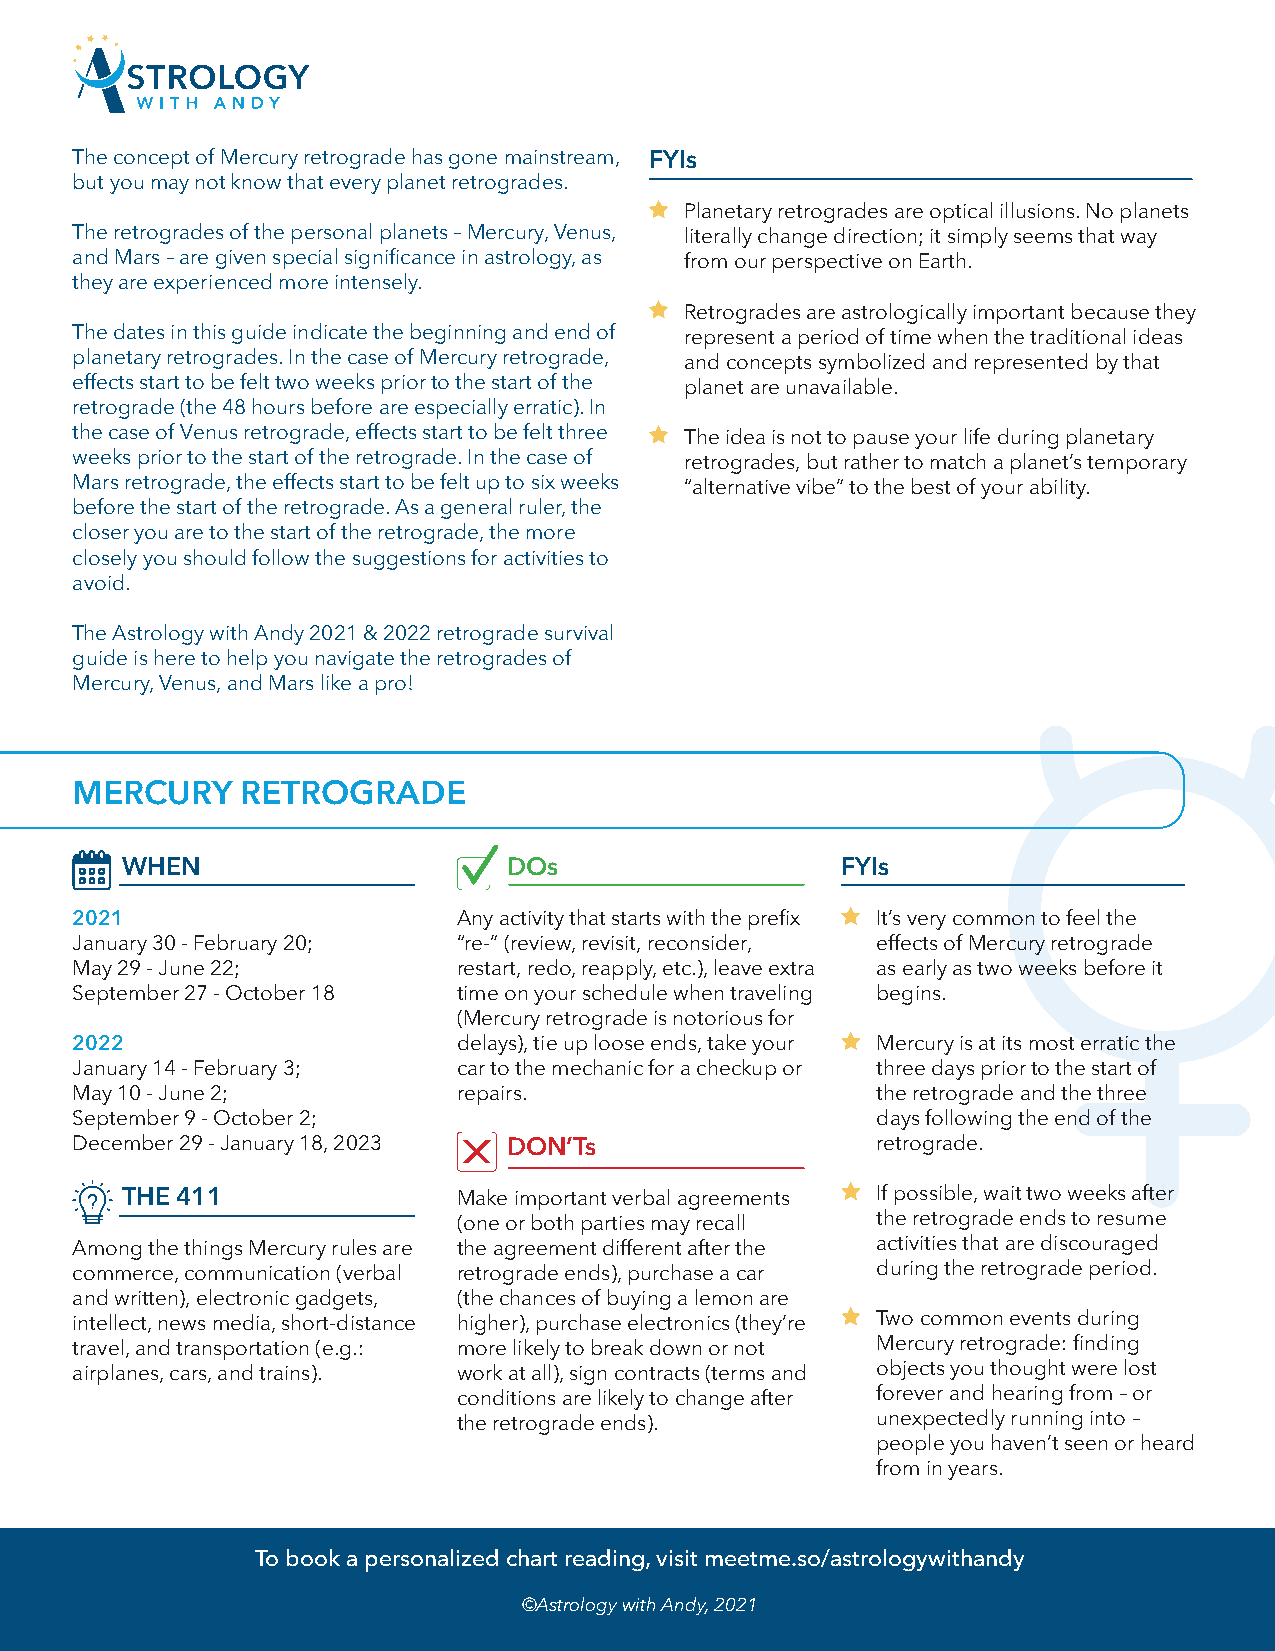
The concept of Mercury retrograde has gone mainstream, FYIs
 but you may not know that every planet retrogrades.
 Planetary retrogrades are optical illusions. No planets
 The retrogrades of the personal planets – Mercury, Venus, literally change direction; it simply seems that way
 and Mars – are given special significance in astrology, as from our perspective on Earth.
 they are experienced more intensely.
 Retrogrades are astrologically important because they
 The dates in this guide indicate the beginning and end of represent a period of time when the traditional ideas
 planetary retrogrades. In the case of Mercury retrograde, and concepts symbolized and represented by that
 effects start to be felt two weeks prior to the start of the planet are unavailable.
 retrograde (the 48 hours before are especially erratic). In
 the case of Venus retrograde, effects start to be felt three The idea is not to pause your life during planetary
 weeks prior to the start of the retrograde. In the case of retrogrades, but rather to match a planet’s temporary
 Mars retrograde, the effects start to be felt up to six weeks “alternative vibe” to the best of your ability.
 before the start of the retrograde. As a general ruler, the
 closer you are to the start of the retrograde, the more
 closely you should follow the suggestions for activities to
 avoid.
 The Astrology with Andy 2021 & 2022 retrograde survival
 guide is here to help you navigate the retrogrades of
 Mercury, Venus, and Mars like a pro!
 MERCURY    RETROGRADE
 WHEN                      DOs                   FYIs
 2021                     Any activity that starts with the prefix It’s very common to feel the
 January 30 - February 20; “re-” (review, revisit, reconsider, effects of Mercury retrograde
 May 29 - June 22;        restart, redo, reapply, etc.), leave extra as early as two weeks before it
 September 27 - October 18 time on your schedule when traveling begins.
 (Mercury retrograde is notorious for
 2022                     delays), tie up loose ends, take your Mercury is at its most erratic the
 January 14 - February 3; car to the mechanic for a checkup or three days prior to the start of
 May 10 - June 2;         repairs.                    the retrograde and the three
 September 9 - October 2;                             days following the end of the
 December 29 - January 18, 2023 DON’Ts                retrograde.
 THE 411               Make important verbal agreements If possible, wait two weeks after
 (one or both parties may recall the retrograde ends to resume
 Among the things Mercury rules are the agreement different after the activities that are discouraged
 commerce, communication (verbal retrograde ends), purchase a car during the retrograde period.
 and written), electronic gadgets, (the chances of buying a lemon are
 intellect, news media, short-distance higher), purchase electronics (they’re Two common events during
 travel, and transportation (e.g.: more likely to break down or not Mercury retrograde: finding
 airplanes, cars, and trains). work at all), sign contracts (terms and objects you thought were lost
 conditions are likely to change after forever and hearing from – or
 the retrograde ends).       unexpectedly running into –
 people you haven’t seen or heard
 from in years.
 To book a personalized chart reading, visit meetme.so/astrologywithandy
 ©Astrology with Andy, 2021